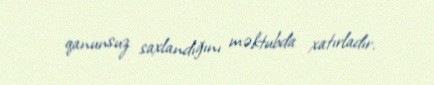
qanunsuz saxlandığını məktubda xatırladır.